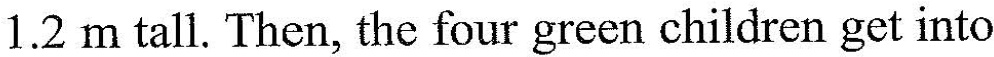
1.2 m tall. Then, the four green children get into